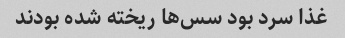
غذا سرد بود سس‌ها ریخته شده بودند